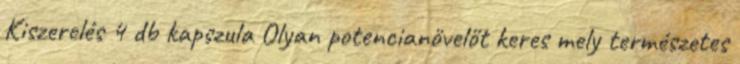
Kiszerelés 4 db kapszula Olyan potencianövelőt keres mely természetes